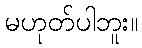
မဟုတ်ပါဘူး။